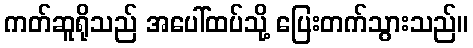
ကတ်ဆူရိုသည် အပေါ်ထပ်သို့ ပြေးတက်သွားသည်။